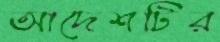
আদেশটির